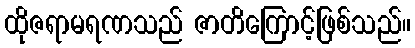
ထိုဇရာမရဏသည် ဇာတိကြောင့်ဖြစ်သည်။